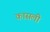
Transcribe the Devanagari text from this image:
कासली